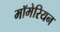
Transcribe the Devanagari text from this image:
मॉमेरियन